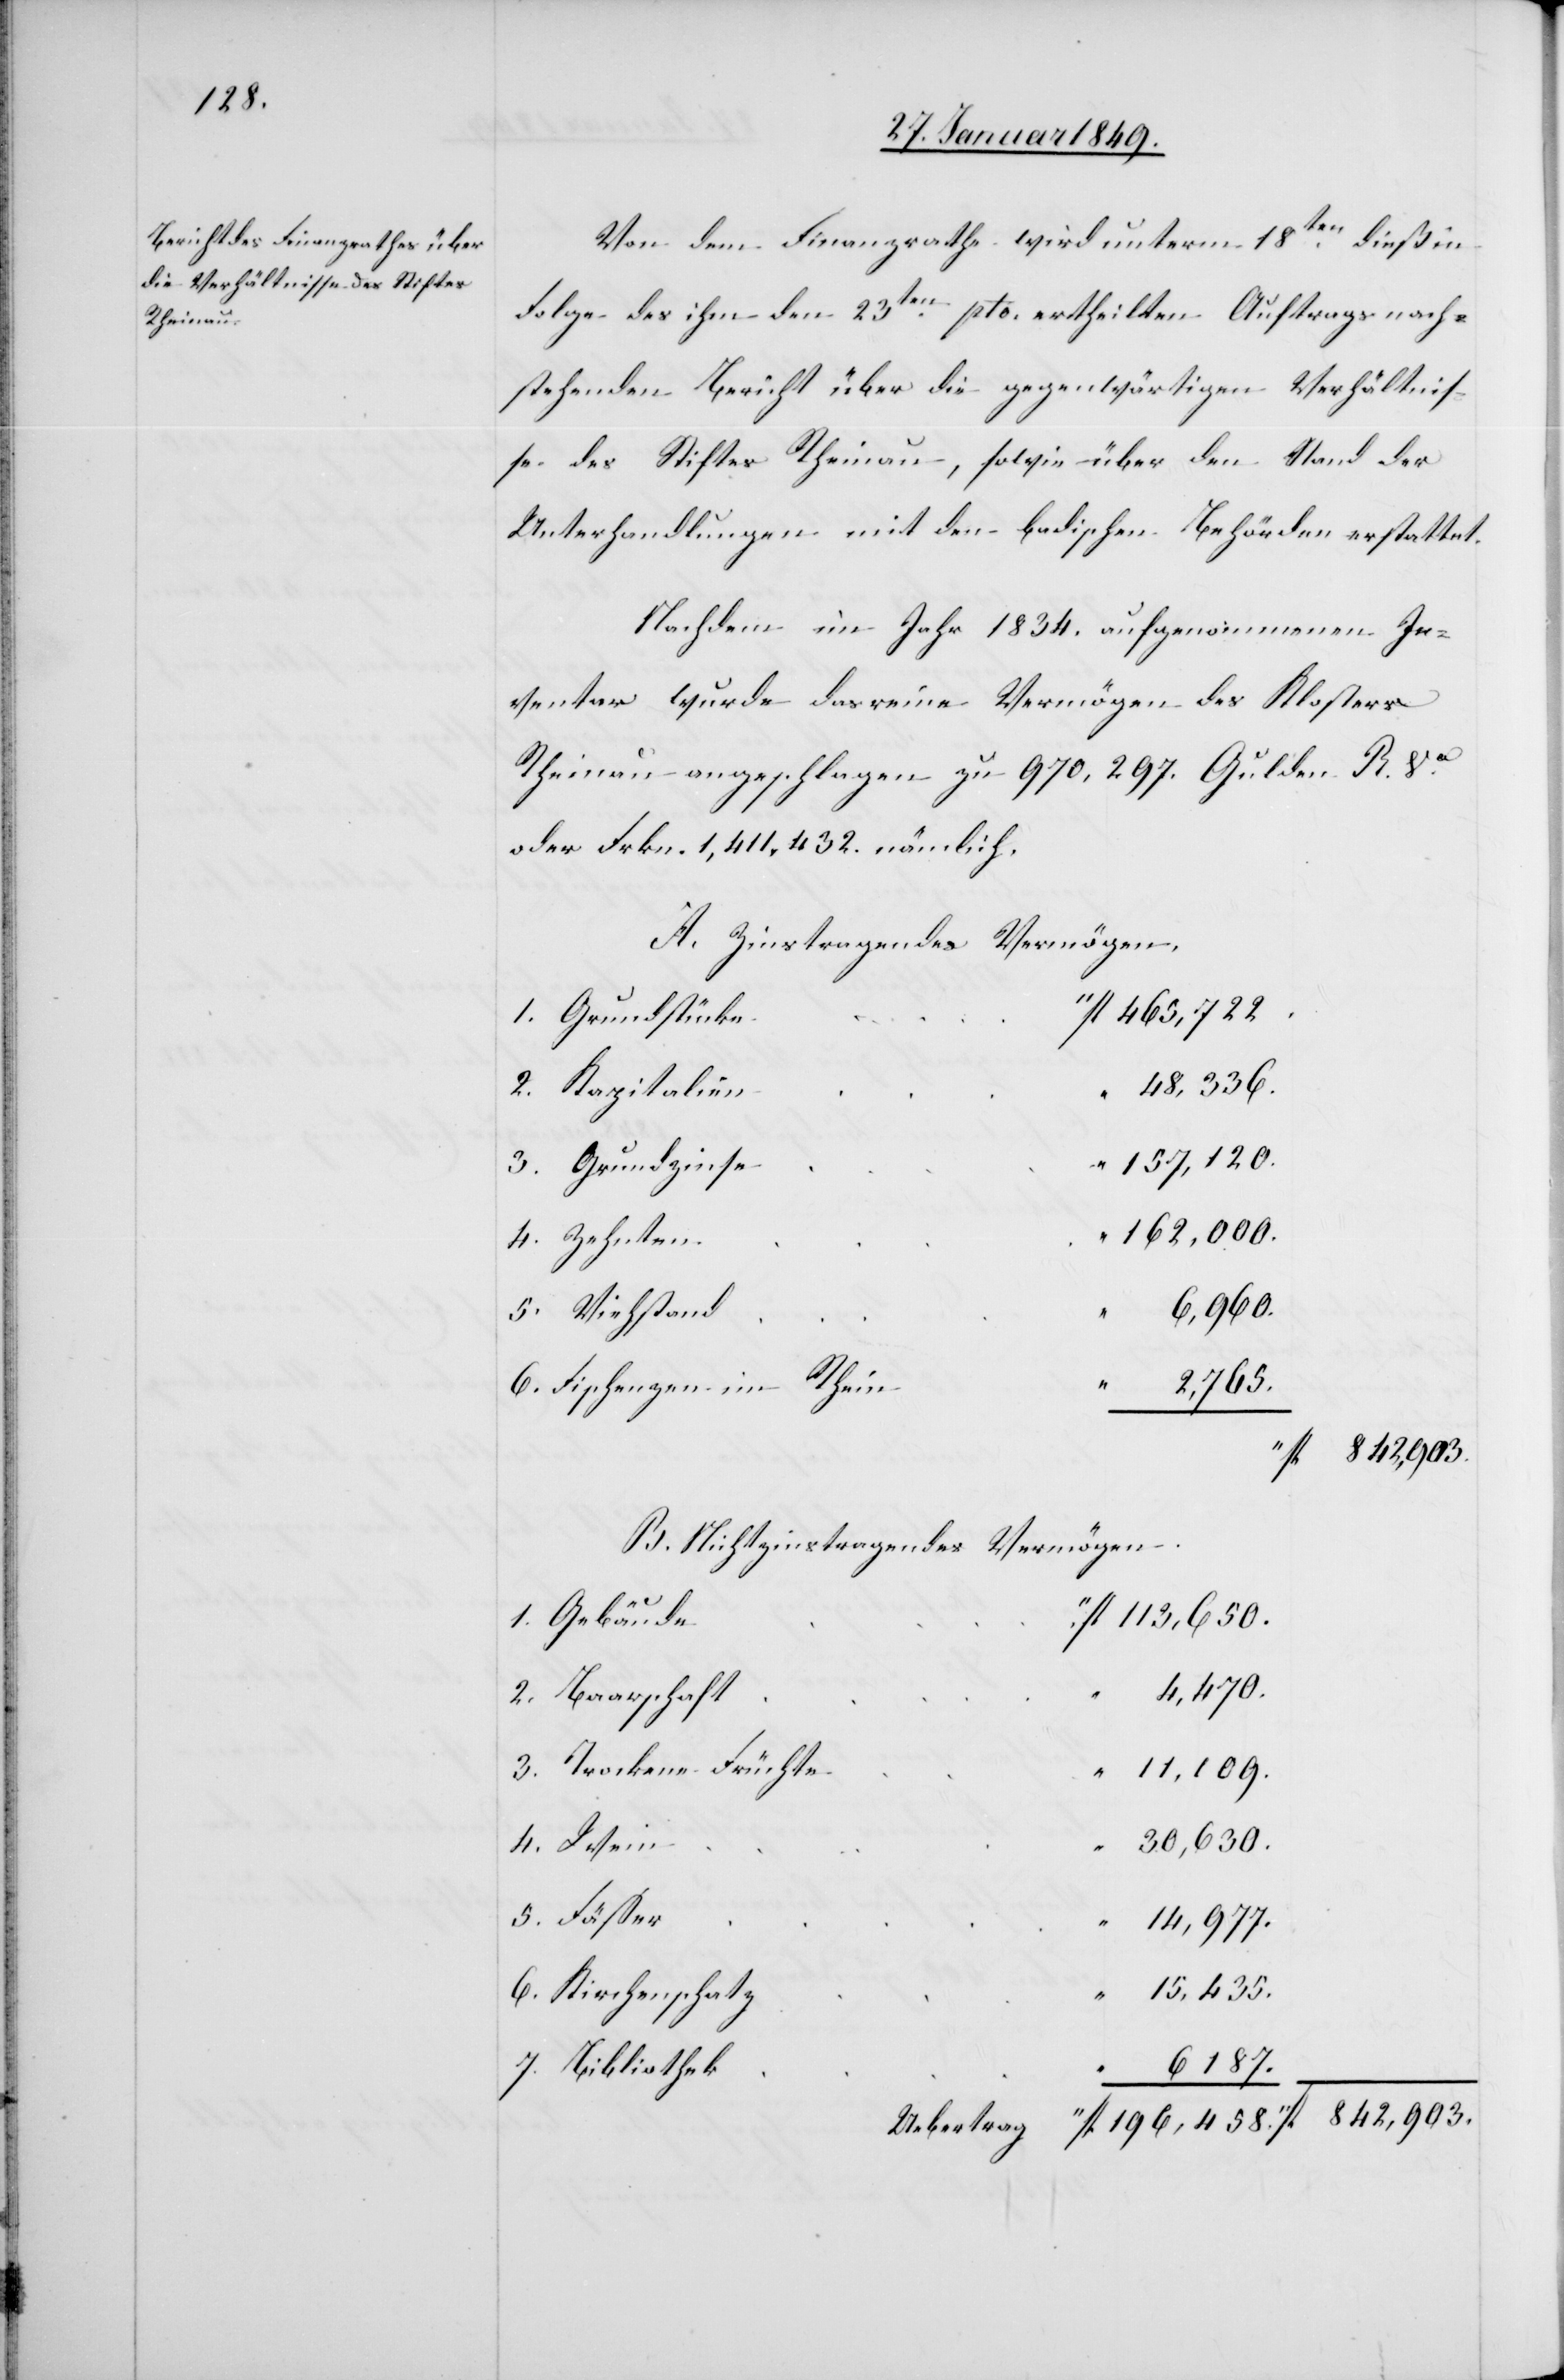
Von dem Finanzrathe wird unterm 18ten. dieß in
Folge des ihm den 23ten. pto. ertheilten Auftrags nach¬
stehenden Bericht über die gegenwärtigen Verhältnis¬
se des Stiftes Rheinau, sowie über den Stand der
Unterhandlungen mit den badischen Behörden erstattet.
Nachdem im Jahr 1834. aufgenommenen In¬
ventar wurde das reine Vermögen des Klosters
Rheinau angeschlagen zu 970,297. Gulden R. Va.
oder Frkn. 1,411,432. nämlich.
A. Zinstragendes Vermögen.
fl. 465,722.
1. Grundstücke
48,336.
2. Kapitalien
157,120.
3. Grundzinse
162,000.
4. Zehnten
fl. 196,458.
5. Viehstand
“
6. Fischenzen im Rhein
2,765.
“ fl. 842,903.
B. Nichtzinstragendes Vermögen.
1. Gebäude
fl. 113,650.
“
6187.
2. Baarschaft
3. Trockene Früchte
“
11,109.
30,630.
4. Wein
5. Fässer
14,977.
15,435.
6. Kirchenschatz
7. Bibliothek
Uebertrag